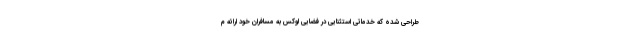
طراحی شده که خدماتی استثنایی در فضایی لوکس به مسافران خود ارائه م